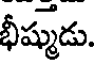
భీష్ముడు.